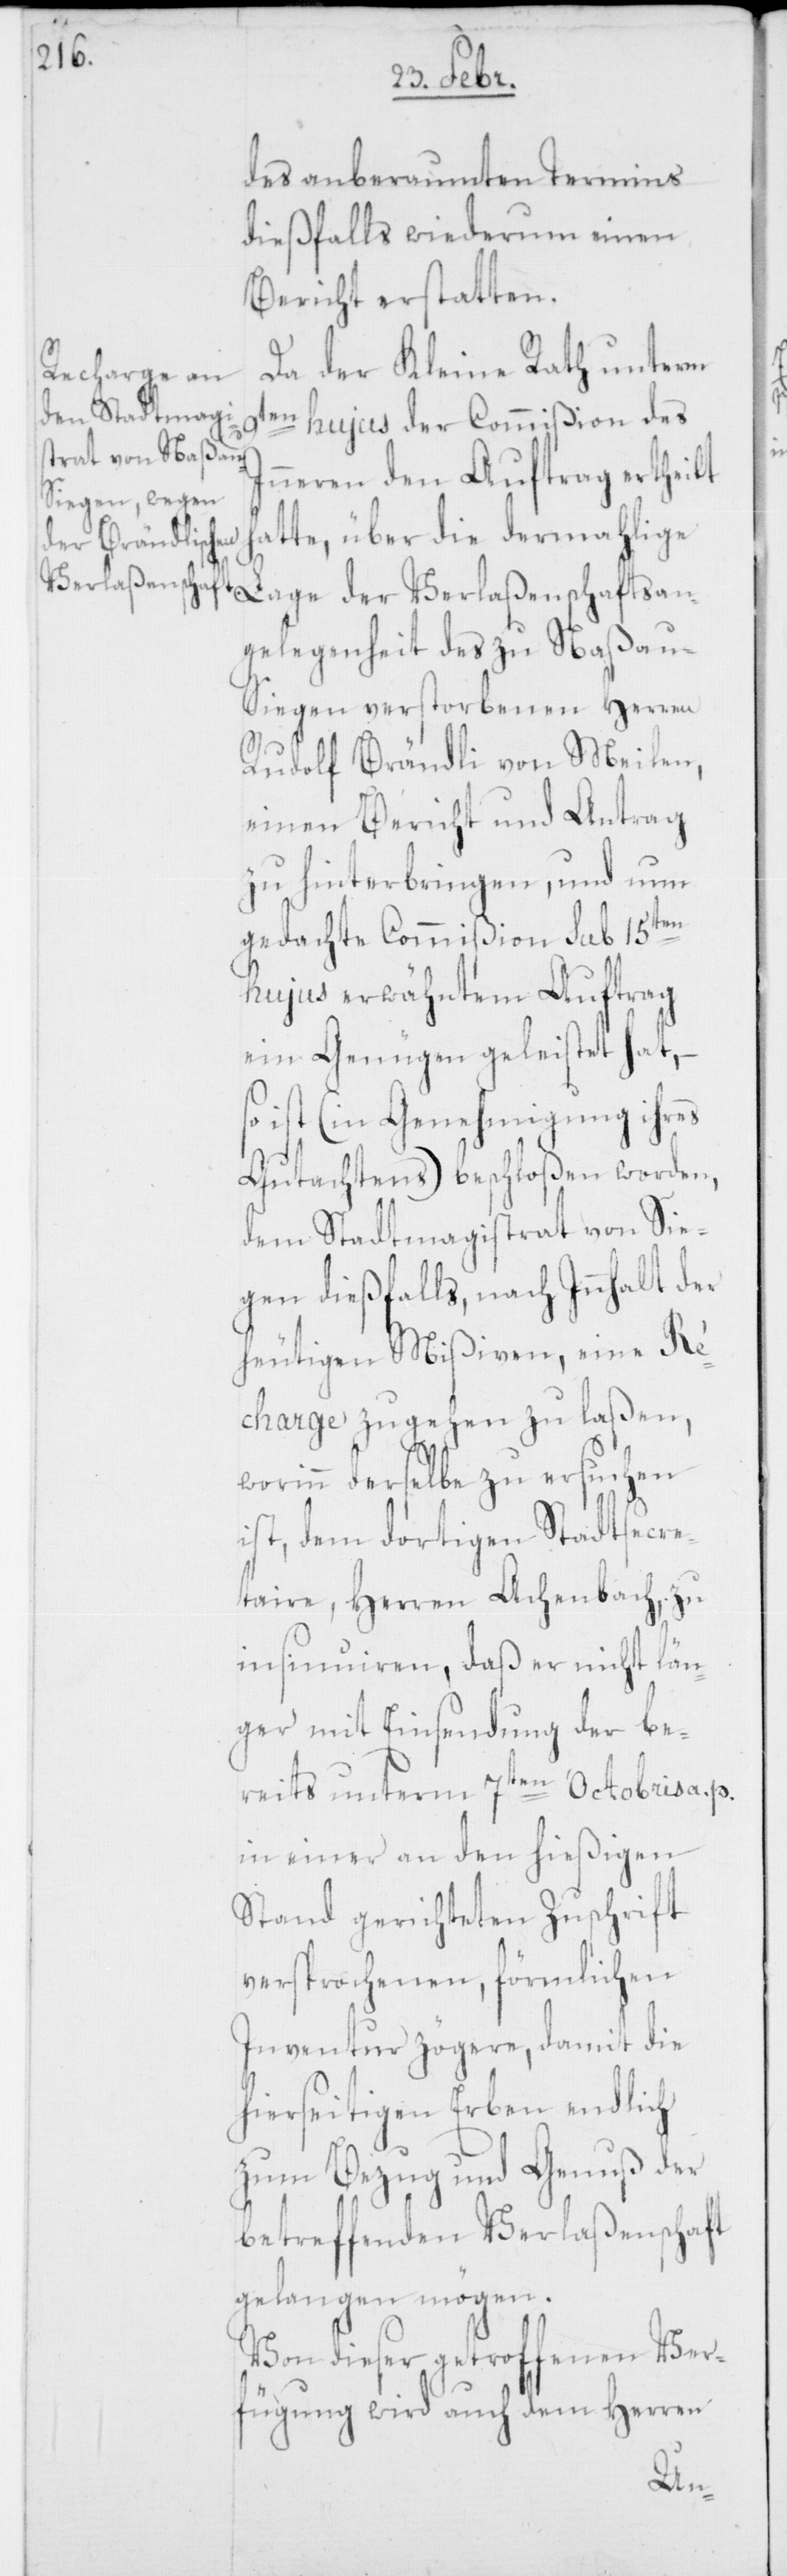
des anberaumten Termins
dießfalls wiederum einen
Bericht erstatten.
Da der Kleine Rath unterm
9ten hujus der Commißion des
Inneren den Auftrag ertheilt
hatte, über die dermahlige
Lage der Verlaßenschaftsan¬
gelegenheit des zu Naßau-S¬
iegen verstorbenen Herren
Rudolf Brändli von Meilen,
einen Bericht und Antrag
zu hinterbringen, und um
gedachte Commißion sub 15ten
hujus erwähntem Auftrag
ein Genügen geleistet hat,
so ist (in Genehmigung ihres
Gutachtens) beschloßen worden,
dem Stadtmagistrat von Sie¬
gen dießfalls, nach Innhalt der
heutigen Mißiven, eine Re¬
charge zugehen zu laßen,
worinn derselbe zu ersuchen
ist, dem dortigen Stadtsecre¬
taire, Herren Achenbach, zu
insinnuieren, daß er nicht län¬
ger mit Einsendung der be¬
reits unterm 7ten Octobris a. p.
in einer an den hießigen
Stand gerichteten Zuschrift
versprochenen, förmlichen
Inventur zögere, damit die
hierseitigen Erben endlich
zum Bezug und Genuß der
betreffenden Verlaßenschaft
gelangen mögen.
Von dieser getroffenen Ver¬
fügung wird auch dem Herren